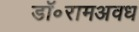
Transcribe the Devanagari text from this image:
डॉ॰रामअवध